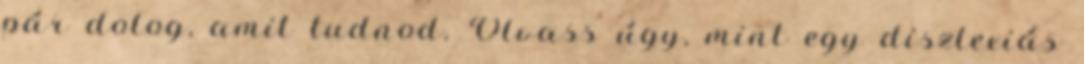
pár dolog, amit tudnod. Olvass úgy, mint egy diszlexiás